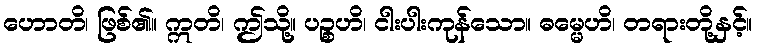
ဟောတိ၊ ဖြစ်၏။ ဣတိ၊ ဤသို့။ ပဉ္စဟိ၊ ငါးပါးကုန်သော။ ဓမ္မေဟိ၊ တရားတို့နှင့်။